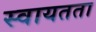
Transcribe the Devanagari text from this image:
स्‍वायतता